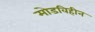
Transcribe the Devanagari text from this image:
मोडविहीन